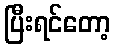
ပြီးရင်တော့